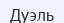
Дуэль